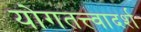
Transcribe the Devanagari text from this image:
योगतत्त्वादर्श